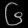
Digit: ၆